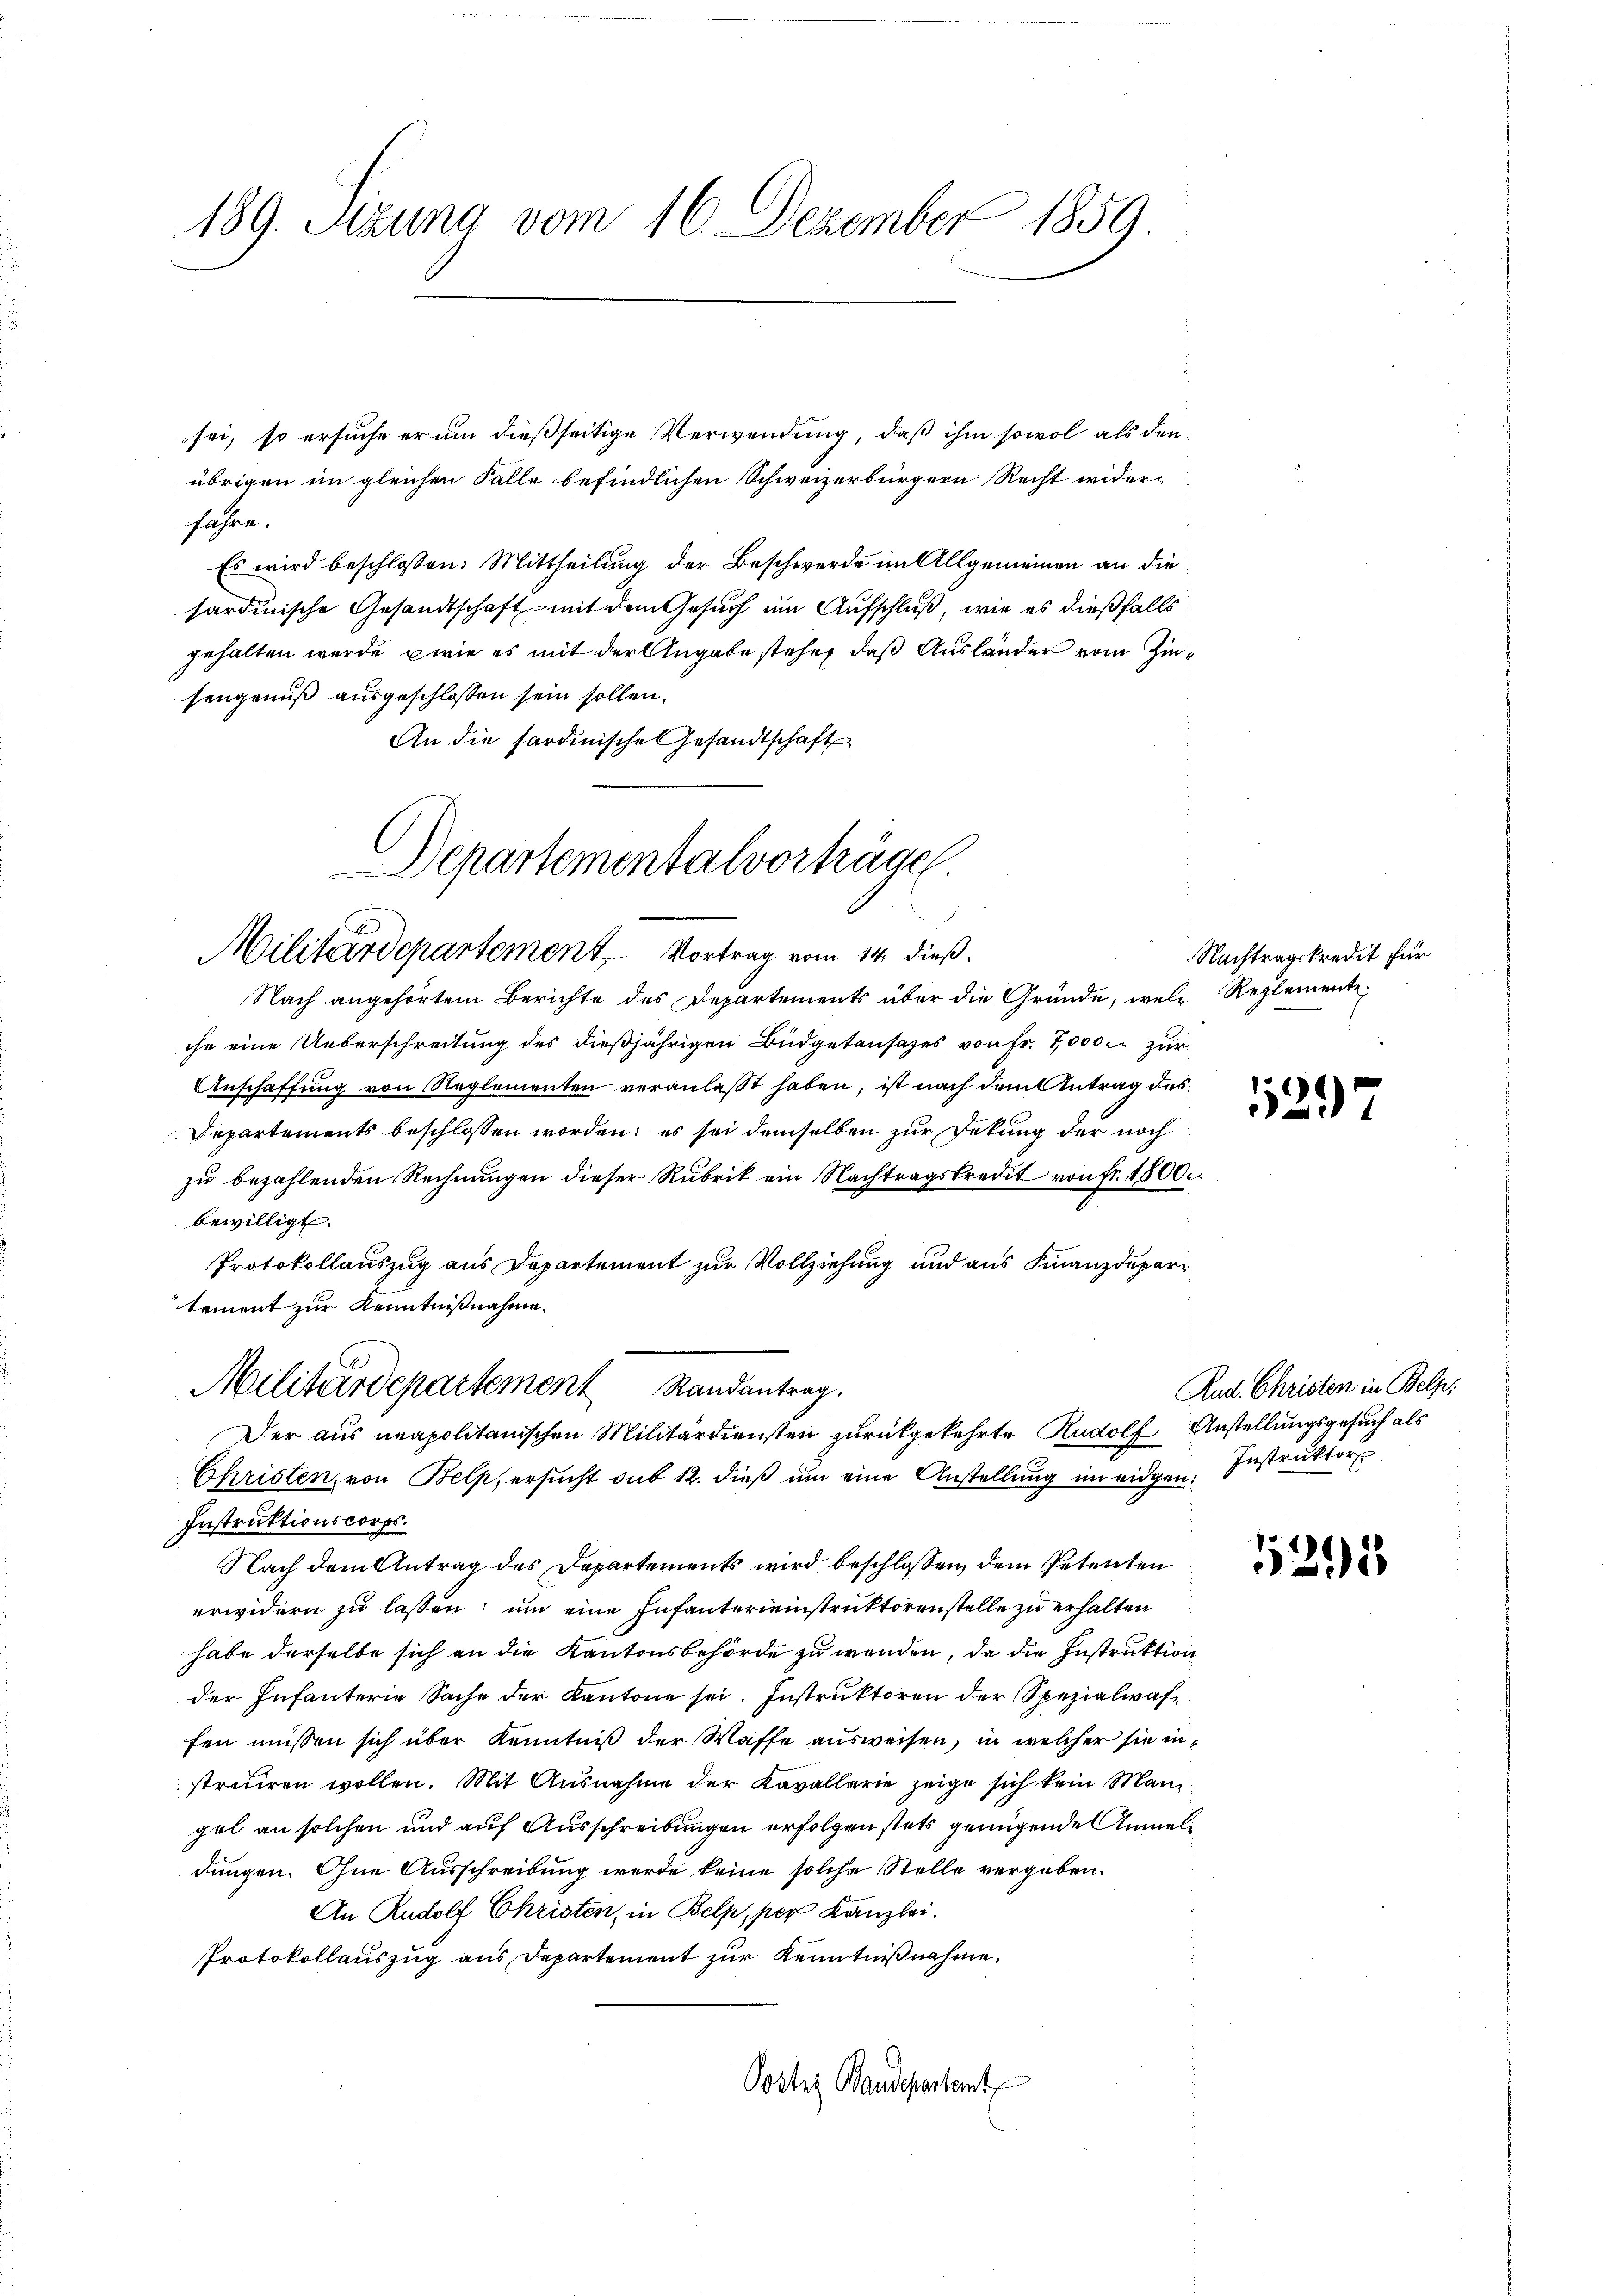
189. Sitzung vom 16. Dezember 1859

sei, so ersuche er um dießseitige Verwendung, daß ihm sowol als den
übrigen im gleichen Falle befindlichen Schweizerbürgern Recht wider-
fahre.
Es wird beschlossen: Mittheilung der Beschwerde im Allgemeinen an die
sardinische Gesandtschaft mit dem Gesuch um Aufschluß, wie es dießfalls
gehalten werde, wie es mit der Angabe stehe, daß Ausländer vom Zinsengenuß ausgeschlossen sein sollen.
An die sardinische Gesandtschaft
Nach angehörtem Berichte des Departements über die Gründe, wele Reglemente
che eine Ueberschreitung des dießjährigen Büdgetansazes von Fr. 7000 zur
Anschaffung von Reglementen veranlaßt haben, ist nach dem Antrag des
Departements beschlossen worden; es sei demselben zur Dekung der noch
zu bezahlenden Rechnungen dieser Rubrik ein Nachtragskredit von fr. 1500
bewilligt.
Protokollauszug aus Departement zur Vollziehung und aus Finanzdepartement zur Kenntnißnahme.
Militärdepartement Randantrag.

Departementalvorträgen
d
Militärdepartement Vortrag vom 14. dieß.

Der aus neapolitanischen Militärdiensten zurückgekehrte Rudolf Anstellungsgesuch als
Christen, von Belp, ersucht sub 12. dieβ ŭm eine Anstellung im eidgen. Instruktor

Instruktionscorps.
Nach dem Antrag des Departements wird beschlossen, dem Petenten
erwidern zu lassen; um eine Infanterieinstruktorenstelle zu erhalten
habe derselbe sich an die Kantonsbehörde zu wenden, da die Instruktion
der Infanterie Sache der Kantone sei. Instruktoren der Spezialwaffen müssen sich über Kenntniß der Waffe ausweisen, in welcher sie instruiren wollen. Mit Ausnahme der Kavallerie zeige sich kein Mani
gel an solchen und auf Ausschreibungen erfolgen stets genügende Anmeldungen. Ohne Ausschreibung werde keine solche Stelle vergeben.
An Rudolf Christen, in Belp, per Kanzlei.
Protokollauszug aus Departement zur Kenntnißnahme.
Poster Baudepartent

Nachtragskredit für

¬
2.)

Rud. Christen in Belp:

5395